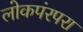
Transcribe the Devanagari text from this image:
लोकपंरपरा